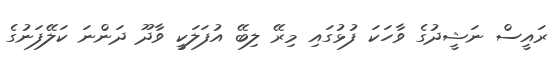
ރައީސް ނަޝީދުގެ ވާހަކަ ފުޅުގައި މިރޭ ލިބޭ އުފަލަކީ ވާދޫ ދަންނަ ކަލޭފަނުގެ